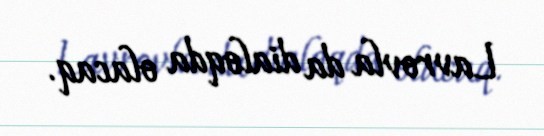
Lavrovla da dialoqda olacaq.